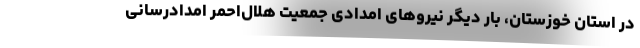
در استان خوزستان، بار دیگر نیروهای امدادی جمعیت هلال‌احمر امدادرسانی